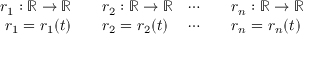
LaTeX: \begin{array} { r l r l } { r _ { 1 } : \mathbb { R } \rightarrow \mathbb { R } } & { { } \quad r _ { 2 } : \mathbb { R } \rightarrow \mathbb { R } } & { \cdots } & { { } \quad r _ { n } : \mathbb { R } \rightarrow \mathbb { R } } \\ { r _ { 1 } = r _ { 1 } ( t ) } & { { } \quad r _ { 2 } = r _ { 2 } ( t ) } & { \cdots } & { { } \quad r _ { n } = r _ { n } ( t ) } \end{array}